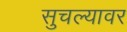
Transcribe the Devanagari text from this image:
सुचल्यावर